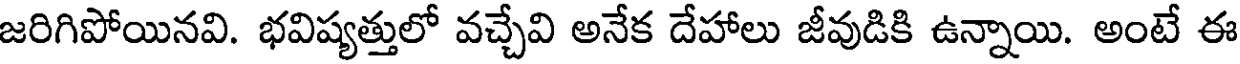
జరిగిపోయినవి. భవిష్యత్తులో వచ్చేవి అనేక దేహాలు జీవుడికి ఉన్నాయి. అంటే ఈ